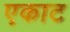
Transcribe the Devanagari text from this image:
एकाट